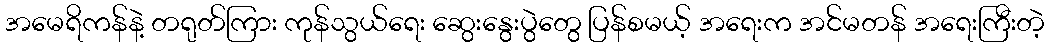
အမေရိကန်နဲ့ တရုတ်ကြား ကုန်သွယ်ရေး ဆွေးနွေးပွဲတွေ ပြန်စမယ့် အရေးက အင်မတန် အရေးကြီးတဲ့